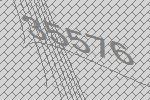
35576